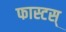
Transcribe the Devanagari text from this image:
फास्टस्